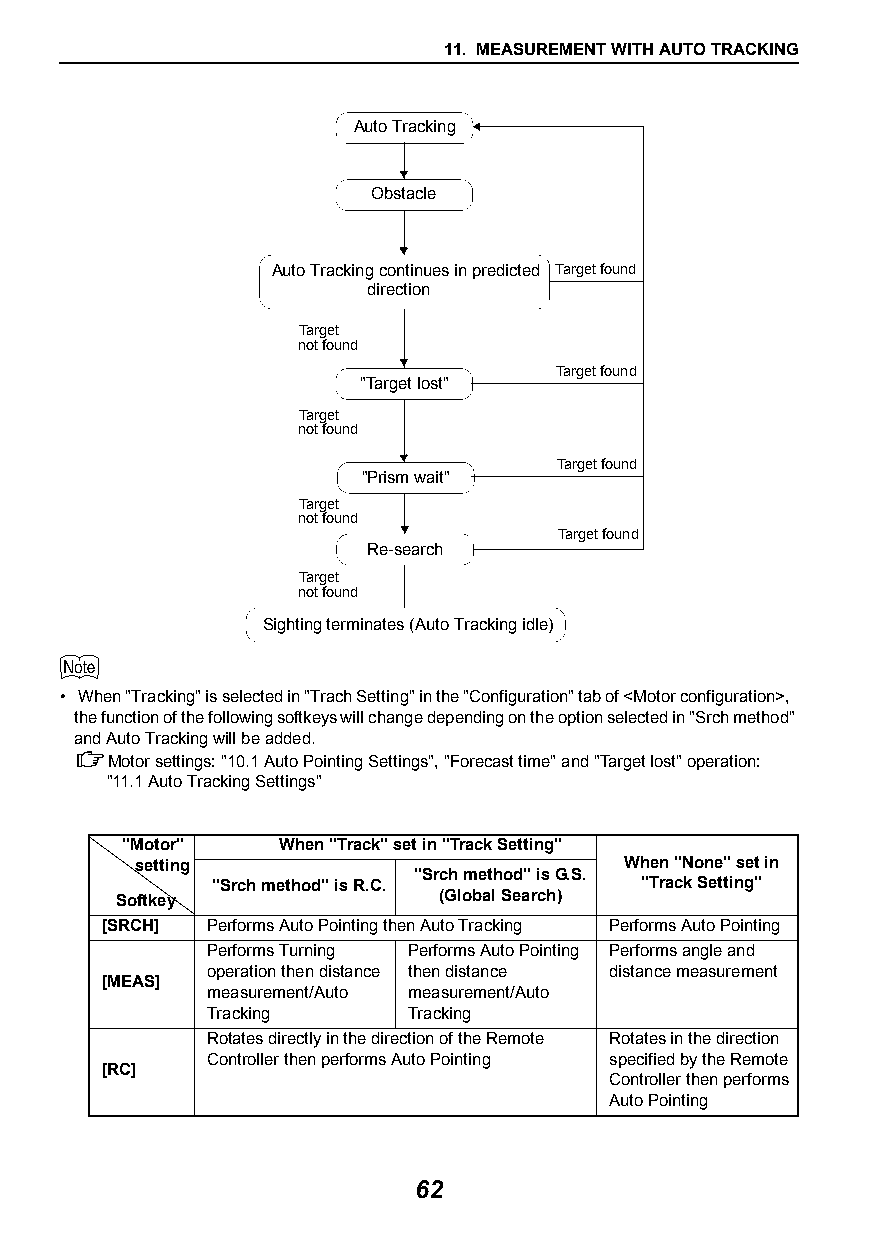
11. MEASUREMENT WITH AUTO TRACKING
 Auto Tracking
 Obstacle
 Auto Tracking continues in predicted Target found
 direction
 Target
 not found
 Target found
 "Target lost"
 Target
 not found
 Target found
 "Prism wait"
 Target
 not found
 Target found
 Re-search
 Target
 not found
 Sighting terminates (Auto Tracking idle)
 
 • When "Tracking" is selected in "Trach Setting" in the "Configuration" tab of <Motor configuration>,
 the function of the following softkeys will change depending on the option selected in "Srch method"
 and Auto Tracking will be added.
 Motor settings: "10.1Auto Pointing Settings", "Forecast time" and "Target lost" operation:
 "11.1Auto Tracking Settings"
 "Motor"   When "Track" set in "Track Setting"
 setting                         When "None" set in
 "Srch method" is G.S.
 "Srch method" is R.C.       "Track Setting"
 Softkey              (Global Search)
 [SRCH] Performs Auto Pointing then Auto Tracking Performs Auto Pointing
 Performs Turning Performs Auto Pointing Performs angle and
 operation then distance then distance distance measurement
 [MEAS]
 measurement/Auto measurement/Auto
 Tracking     Tracking
 Rotates directly in the direction of the Remote Rotates in the direction
 Controller then performs Auto Pointing specified by the Remote
 [RC]
 Controller then performs
 Auto Pointing
 62